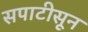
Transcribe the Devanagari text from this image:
सपाटीसून